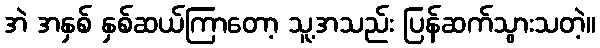
အဲ အနှစ် နှစ်ဆယ်ကြာတော့ သူ့အသည်း ပြန်ဆက်သွားသတဲ့။